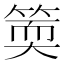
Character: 𥯬